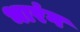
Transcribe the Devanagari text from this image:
भारंग